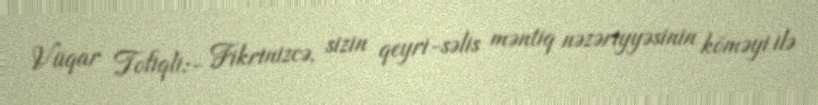
Vüqar Tofiqli:- Fikrinizcə, sizin qeyri-səlis məntiq nəzəriyyəsinin köməyi ilə